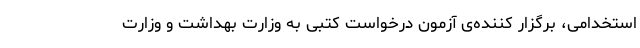
استخدامی، برگزار کننده‌ی آزمون درخواست کتبی به وزارت بهداشت و وزارت